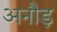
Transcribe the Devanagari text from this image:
अनौड़